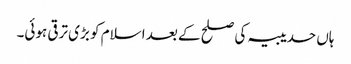
ہاں حدیبیہ کی صلح کے بعد اسلام کو بڑی ترقی ہوئی۔